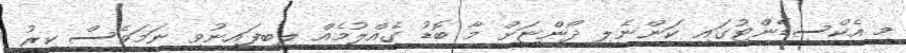
މި އެކްސިޑެންޓުގައި ކަންނެލި ދޯންޏަށް މާ ބޮޑު ގެއްލުމެއް ލިބިފައިނުވި ނަމަވެސް ކިރު